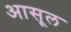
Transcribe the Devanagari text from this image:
आसूल